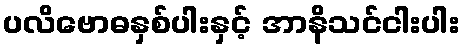
ပလိဗောဓနှစ်ပါးနှင့် အာနိသင်ငါးပါး